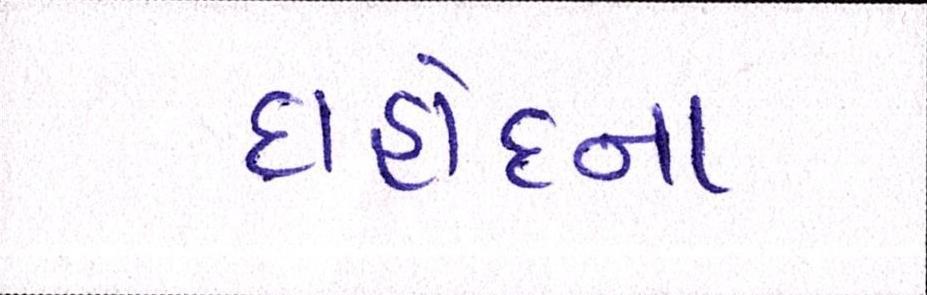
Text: દાહોદના